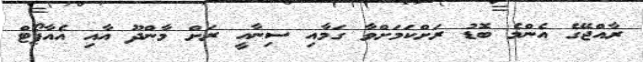
ރާއްޖޭގެ އެންމެ ބޮޑު ރަށްކަމަށްވާ ގަމާއި ސިނާއީ ރަށް މާންދޫ އާއި އެއާޕޯޓް